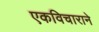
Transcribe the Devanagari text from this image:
एकविचाराने